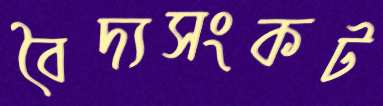
বৈদ্যসংকট